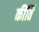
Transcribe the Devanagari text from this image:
कींर्ति